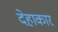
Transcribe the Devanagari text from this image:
देहाकार